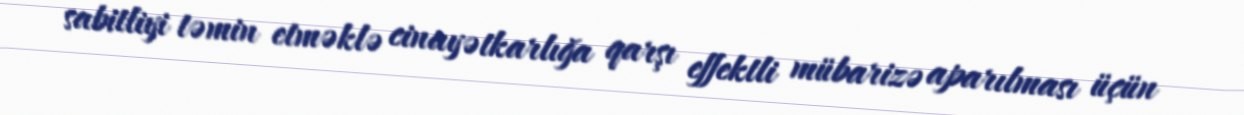
sabitliyi təmin etməklə cinayətkarlığa qarşı effektli mübarizə aparılması üçün